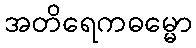
အတိရေကဓမ္မော